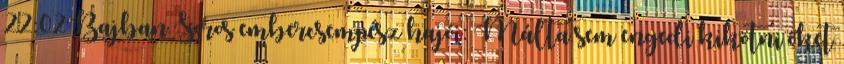
22:02Bajban Soros embercsempész hajói: Málta sem engedi kikötni őket